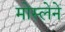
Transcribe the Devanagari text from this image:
मोस्लेने